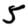
Digit: 5